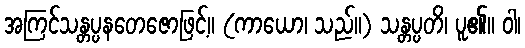
အကြင်သန္တပ္ပနတေဇောဖြင့်။ (ကာယော၊ သည်။) သန္တပ္ပတိ၊ ပူ၏။ ဝါ၊